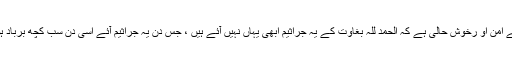
یہاں اس لیے امن او رخوش حالی ہے کہ الحمد للہ بغاوت کے یہ جراثیم ابھی یہاں نہیں آئے ہیں ، جس دن یہ جراثیم آئے اسی دن سب کچھ برباد ہوجائے گا ۔